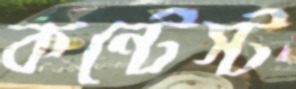
কন্টেস্ট